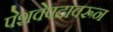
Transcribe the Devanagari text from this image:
पेशवेपदावरून